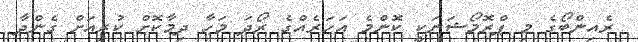
ރެއިންބޯގެ މި ޕްރޮމޯޝަނަކީ ކޮންމެ އަހަރެއްގެ ރޯދަ މަހާ ދިމާކޮށް ކުރިއަށް ގެންދާ